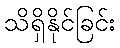
သိရှိနိုင်ခြင်း